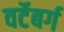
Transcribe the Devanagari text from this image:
वर्टेबर्ग